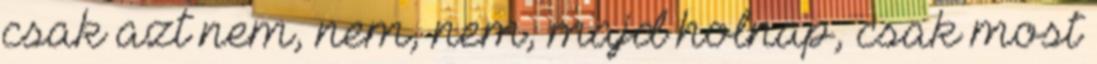
csak azt nem, nem, nem, majd holnap, csak most